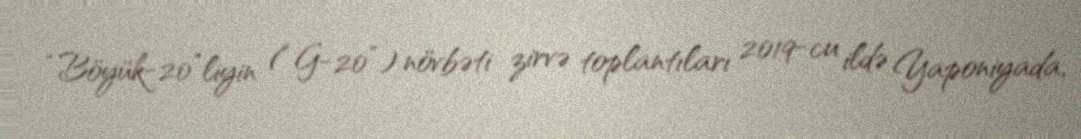
“Böyük-20”liyin (“G-20”) növbəti zirvə toplantıları 2019-cu ildə Yaponiyada,